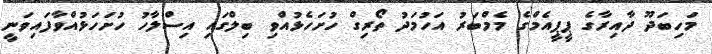
މަހިބަދޫ ދާއިރާގެ ޕީޕީއެމްގެ މެމްބަރު އަހުމަދު ތޯރިގް ހުށަހެޅުއްވި ބިލްގައި އިސްލާހު ހުށަހަޅުއްވާފައިވަނީ